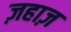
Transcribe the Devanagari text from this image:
ज़हाज़